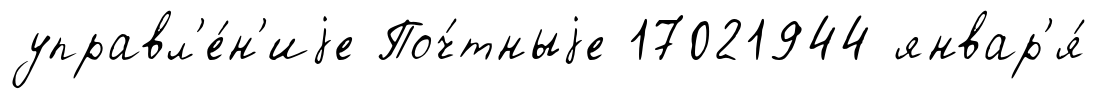
управл'е́н'иjе Поч́тныjе 17021944 январ'я́